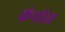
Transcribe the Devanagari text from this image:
कंपोस